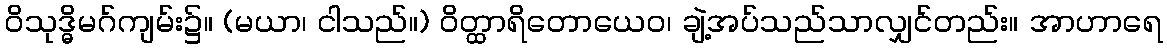
ဝိသုဒ္ဓိမဂ်ကျမ်း၌။ (မယာ၊ ငါသည်။) ဝိတ္ထာရိတောယေဝ၊ ချဲ့အပ်သည်သာလျှင်တည်း။ အာဟာရေ